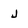
Character: j